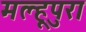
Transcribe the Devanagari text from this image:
मल्हूपुरा